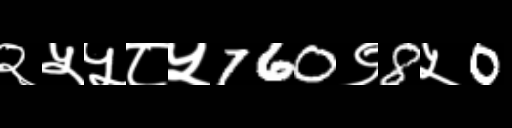
Text: २५५८५760९8५0